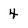
Character: 4